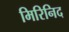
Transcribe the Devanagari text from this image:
मिरिनिद